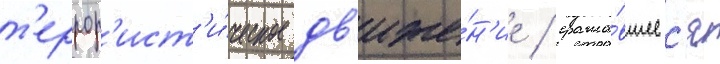
т'еррор'ист'и́ческое дв'иже́н'ие / сража́вшеес'я